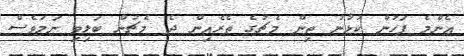
އެންމެ ފަހުން ކުޅުނު ތިން މެޗުގެ ތެރެއިން ދެ މެޗުން ބަލިވި ނަމަވެސް